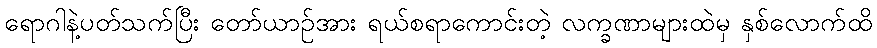
ရောဂါနဲ့ပတ်သက်ပြီး တော်ယာဉ်အား ရယ်စရာကောင်းတဲ့ လက္ခဏာများထဲမှ နှစ်လောက်ထိ